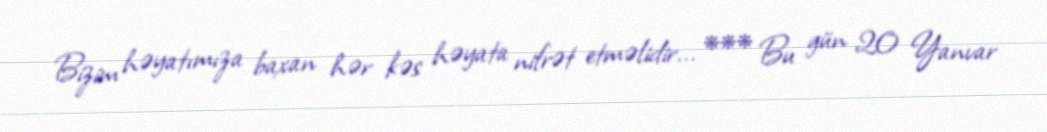
Bizim həyatımıza baxan hər kəs həyata nifrət etməlidir... *** Bu gün 20 Yanvar